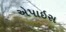
એપાઇસ